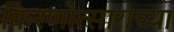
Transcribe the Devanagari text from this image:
किरणोत्साराच्या